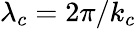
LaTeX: \lambda_{c}=2\pi/k_{c}